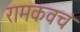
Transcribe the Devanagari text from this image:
रामकवचं